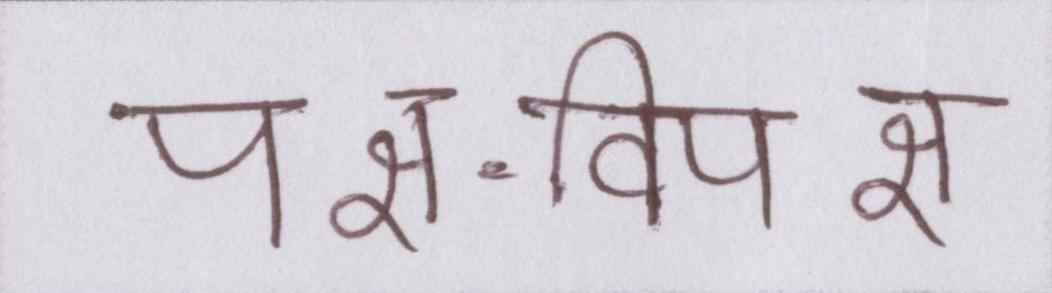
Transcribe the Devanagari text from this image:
पक्ष-विपक्ष